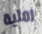
رملية